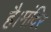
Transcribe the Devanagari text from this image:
है।मंदिर